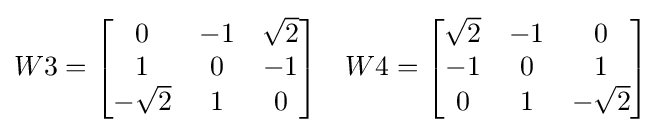
W3={\begin{bmatrix}0&-1&{\sqrt {2}}\\1&0&-1\\-{\sqrt {2}}&1&0\end{bmatrix}}\quad W4={\begin{bmatrix}{\sqrt {2}}&-1&0\\-1&0&1\\0&1&-{\sqrt {2}}\end{bmatrix}}